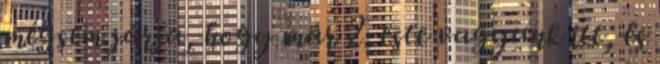
mégsem járja, hogy már 2. este vagyunk itt, és